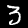
Digit: 3